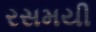
રસમયી